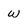
Character: w